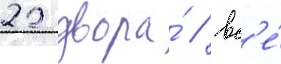
22 двора́ / вс'е́